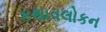
કથાવલોકન